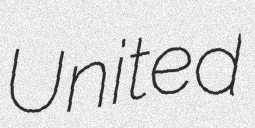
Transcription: United